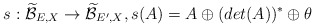
\begin{align*}s: \widetilde{\mathcal{B}}_{E,X}\rightarrow \widetilde{\mathcal{B}}_{E',X}, s(A)=A\oplus (det(A))^{*}\oplus\theta \end{align*}